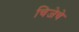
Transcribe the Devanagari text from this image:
चिजेचे